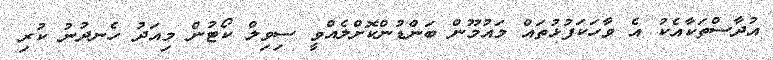
އުދާސްތަކާއެކު އެ ވާހަކަފުޅުތައް މައުމޫން ބަންޑުންކޮށްލެއްވީ ސިވިލް ކޯޓުން މިއަދު ހެނދުނު ކުރި